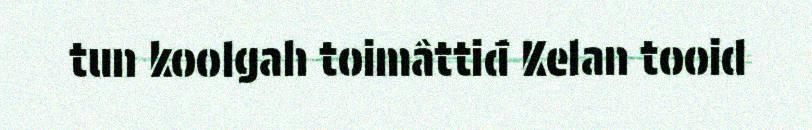
tun koolgah toimâttiđ Kelan tooid